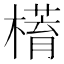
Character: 𣚥